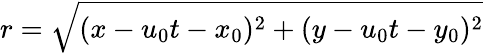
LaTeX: r=\sqrt{(x-u_{0}t-x_{0})^{2}+(y-u_{0}t-y_{0})^{2}}